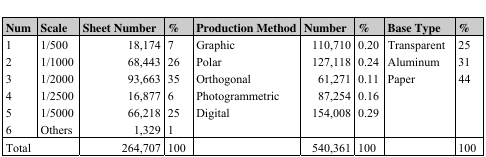
| Num | Scale | Sheet Number | % | Production Method | Number | % | Base Type | % |
 | --- | --- | --- | --- | --- | --- | --- | --- | --- |
 | 1 | 1/500 | 18,174 | 7 | Graphic | 110,710 | 0.20 | Transparent | 25 |
 | 2 | 1/1000 | 68,443 | 26 | Polar | 127,118 | 0.24 | Aluminum | 31 |
 | 3 | 1/2000 | 93,663 | 35 | Orthogonal | 61,271 | 0.11 | Paper | 44 |
 | 4 | 1/2500 | 16,877 | 6 | Photogrammetric | 87,254 | 0.16 |  |  |
 | 5 | 1/5000 | 66,218 | 25 | Digital | 154,008 | 0.29 |  |  |
 | 6 | Others | 1,329 | 1 |  |  |  |  |  |
 | <COLSPAN=2> Total | 264,707 | 100 |  | 540,361 | 100 |  | 100 |